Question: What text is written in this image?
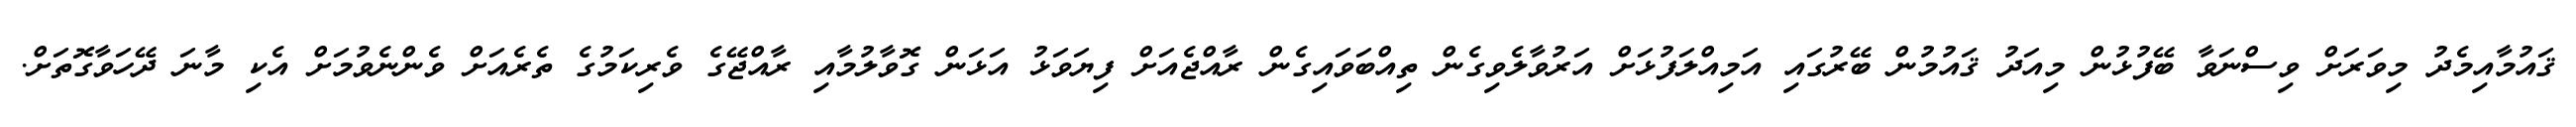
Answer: ޤައުމާއިމެދު މިވަރަށް ވިސްނަވާ ބޭފުޅުން މިއަދު ޤައުމުން ބޭރުގައި އަމިއްލަފުޅަށް އަރުވާލެވިގެން ތިއްބަވައިގެން ރާއްޖެއަށް ފިޔަވަޅު އަޅަން ގޮވާލުމާއި ރާއްޖޭގެ ވެރިކަމުގެ ތެރެއަށް ވެންނެވުމަށް އެކި މާނަ ދޭހަވާގޮތަށް.